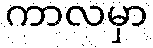
ကာလမှာ